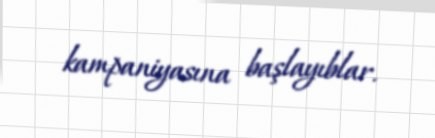
kampaniyasına başlayıblar.